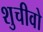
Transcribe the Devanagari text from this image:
शुचीवो